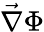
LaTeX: \vec{\nabla}\Phi